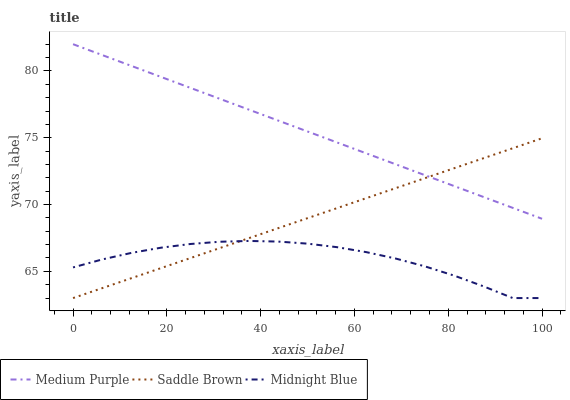
| xaxis_label | Medium Purple | Saddle Brown | Midnight Blue |
 | --- | --- | --- | --- |
 | 0 | 82 | 63 | 65.3 |
 | 6.25 | 81.2 | 63.7 | 65.9 |
 | 12.5 | 80.4 | 64.5 | 66.4 |
 | 18.8 | 79.6 | 65.2 | 66.8 |
 | 25 | 78.7 | 66 | 67 |
 | 31.2 | 77.9 | 66.7 | 67.2 |
 | 37.5 | 77.1 | 67.5 | 67.3 |
 | 43.8 | 76.3 | 68.2 | 67.2 |
 | 50 | 75.5 | 69 | 67.1 |
 | 56.2 | 74.7 | 69.7 | 66.8 |
 | 62.5 | 73.8 | 70.5 | 66.4 |
 | 68.8 | 73 | 71.2 | 66 |
 | 75 | 72.2 | 72 | 65.4 |
 | 81.2 | 71.4 | 72.7 | 64.7 |
 | 87.5 | 70.6 | 73.5 | 63.9 |
 | 93.8 | 69.8 | 74.2 | 63 |
 | 100 | 68.9 | 75 | 63 |